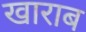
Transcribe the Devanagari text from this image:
खाराब